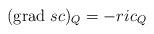
LaTeX: \begin{align*}(\mathrm{grad}\ sc)_Q =-ric_Q\end{align*}